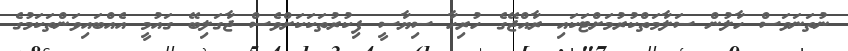
ނުތަނަވަސް ހާލުން ސަލާމަތްކުރުމަށްޓަކައި ރާއްޖޭގެ ހުރިހާ ސިޔާސީ ފިކުރުތަކަކަށްވެސް ޖާގަލިބޭ ގައުމީ އެއްބައިވަންތަކަމުގެ